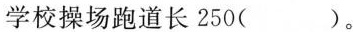
学校操场跑道长250( )。